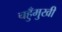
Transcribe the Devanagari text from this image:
चहुँमुखी